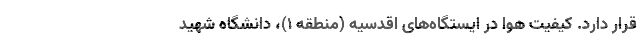
قرار دارد. کیفیت هوا در ایستگاه‌های اقدسیه (منطقه ۱)، دانشگاه شهید